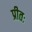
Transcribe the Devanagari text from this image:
प्रीतः